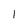
Character: 1